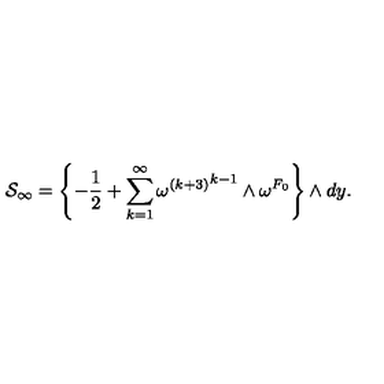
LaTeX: { \cal S } _ { \infty } = \left\{ - { \frac { 1 } { 2 } } + \sum _ { k = 1 } ^ { \infty } { { \omega ^ { ( k + 3 ) } } ^ { k - 1 } \wedge \omega ^ { F _ { 0 } } } \right\} \wedge d y .